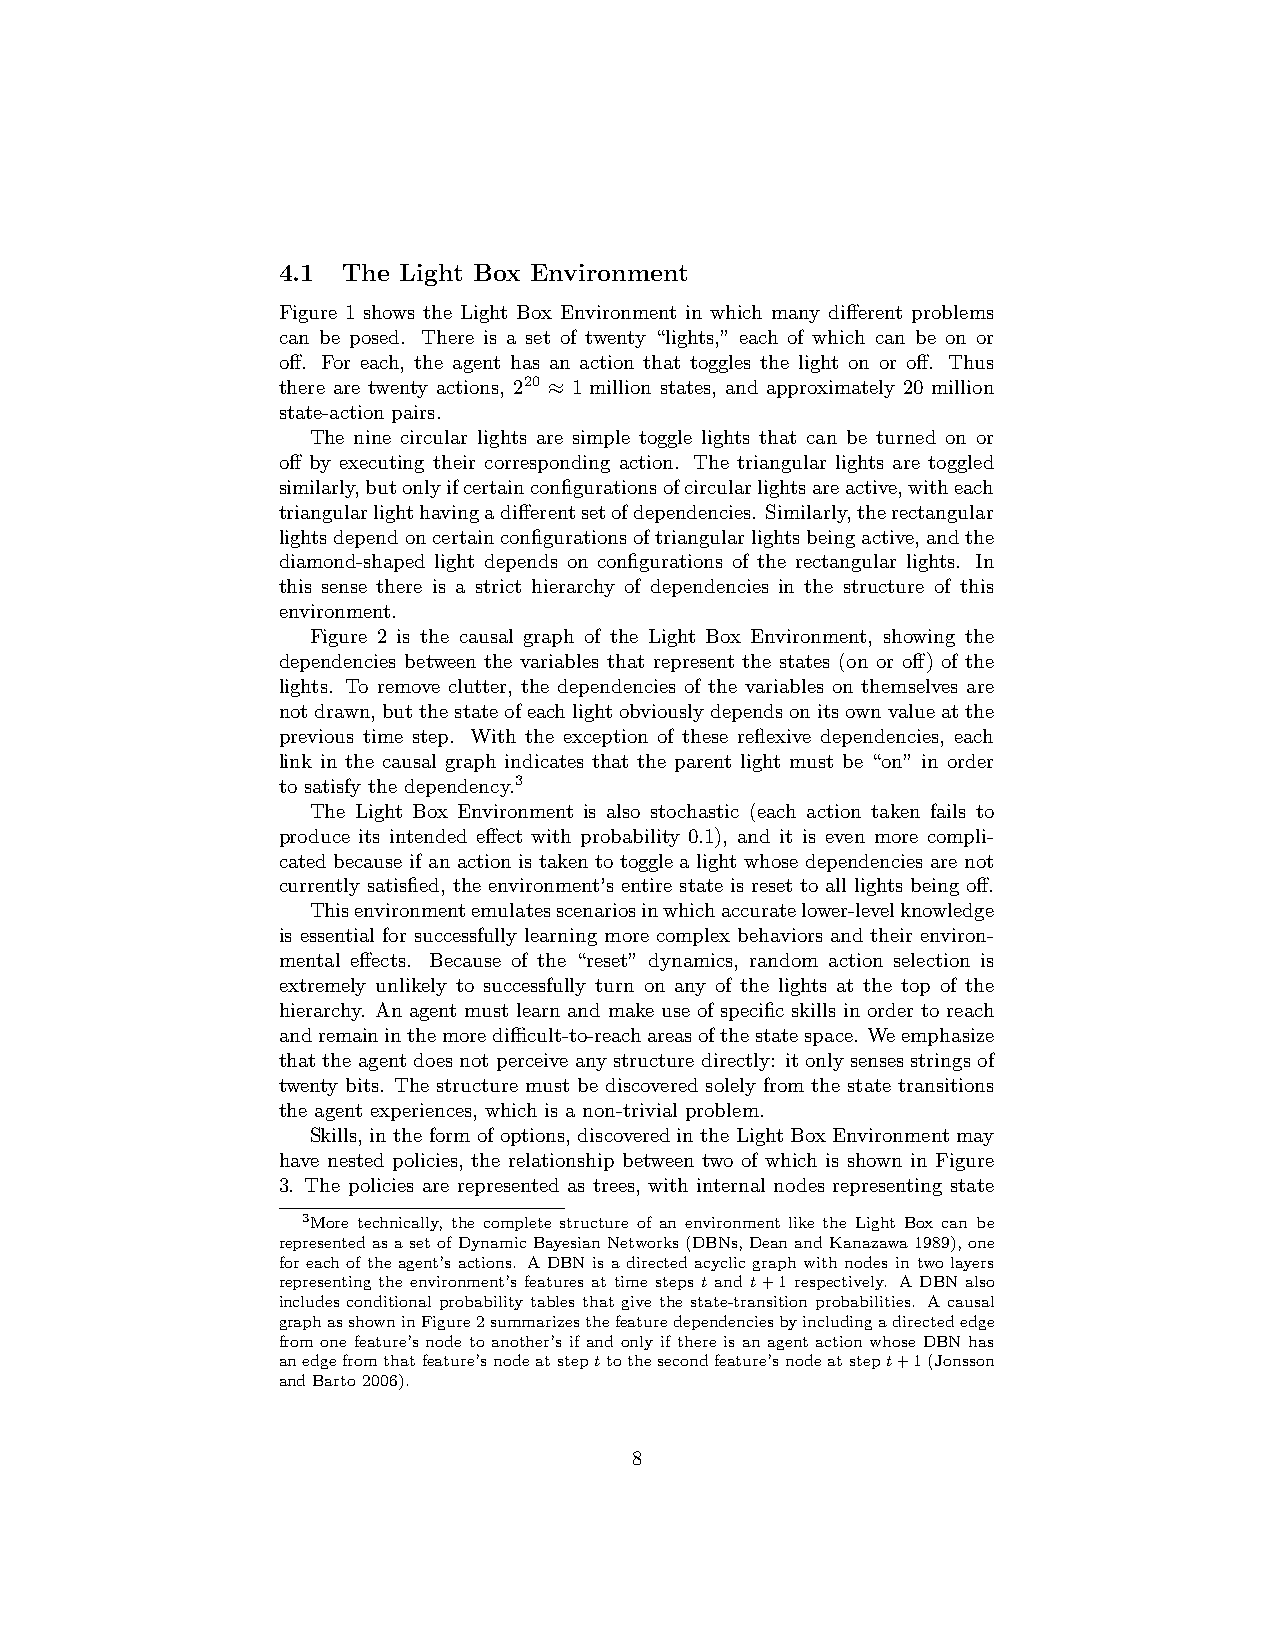
4.1  The Light Box Environment
 Figure 1 shows the Light Box Environment in which many different problems
 can be posed. There is a set of twenty “lights,” each of which can be on or
 off. For each, the agent has an action that toggles the light on or off. Thus
 there are twenty actions, 220 ≈ 1 million states, and approximately 20 million
 state-action pairs.
 The nine circular lights are simple toggle lights that can be turned on or
 off by executing their corresponding action. The triangular lights are toggled
 similarly,butonlyifcertainconfigurationsofcircularlightsareactive,witheach
 triangularlighthavingadifferentsetofdependencies. Similarly,therectangular
 lightsdependoncertainconfigurationsoftriangularlightsbeingactive,andthe
 diamond-shaped light depends on configurations of the rectangular lights. In
 this sense there is a strict hierarchy of dependencies in the structure of this
 environment.
 Figure 2 is the causal graph of the Light Box Environment, showing the
 dependencies between the variables that represent the states (on or off) of the
 lights. To remove clutter, the dependencies of the variables on themselves are
 notdrawn,butthestateofeachlightobviouslydependsonitsownvalueatthe
 previous time step. With the exception of these reflexive dependencies, each
 link in the causal graph indicates that the parent light must be “on” in order
 to satisfy the dependency.3
 The Light Box Environment is also stochastic (each action taken fails to
 produce its intended effect with probability 0.1), and it is even more compli-
 cated because if an action is taken to toggle a light whose dependencies are not
 currently satisfied, the environment’s entire state is reset to all lights being off.
 Thisenvironmentemulatesscenariosinwhichaccuratelower-levelknowledge
 is essential for successfully learning more complex behaviors and their environ-
 mental effects. Because of the “reset” dynamics, random action selection is
 extremely unlikely to successfully turn on any of the lights at the top of the
 hierarchy. An agent must learn and make use of specific skills in order to reach
 andremaininthemoredifficult-to-reachareasofthestatespace. Weemphasize
 that the agent does not perceive any structure directly: it only senses strings of
 twenty bits. The structure must be discovered solely from the state transitions
 the agent experiences, which is a non-trivial problem.
 Skills, in the form of options, discovered in the Light Box Environment may
 have nested policies, the relationship between two of which is shown in Figure
 3. The policies are represented as trees, with internal nodes representing state
 3More technically, the complete structure of an environment like the Light Box can be
 representedasasetofDynamicBayesianNetworks(DBNs, DeanandKanazawa1989), one
 for each of the agent’s actions. A DBN is a directed acyclic graph with nodes in two layers
 representing the environment’s features at time steps t and t+1 respectively. A DBN also
 includes conditional probability tables that give the state-transition probabilities. A causal
 graphasshowninFigure2summarizesthefeaturedependenciesbyincludingadirectededge
 from one feature’s node to another’s if and only if there is an agent action whose DBN has
 anedgefromthatfeature’snodeatstepttothesecondfeature’snodeatstept+1(Jonsson
 andBarto2006).
 8